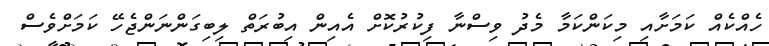
ހެއްކެއް ކަމަށާއި މިކަންކަމާ މެދު ވިސްނާ ފިކުރުކޮށް އެއިން އިބުރަތް ލިބިގަންނަންޖެހޭ ކަމަށްވެސް